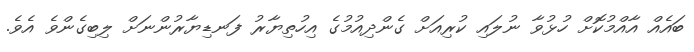
ބައެއް އާއްމުކޮށް ހުޅުވާ ނުލައި ކުރިއަށް ގެންދިއުމުގެ އިހުތިޔާރު ފަނޑިޔާރުންނަށް ލިބިގެންވެ އެވެ.